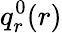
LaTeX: q_{r}^{0}(r)